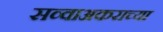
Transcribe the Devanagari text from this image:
सव्वाअकराच्या